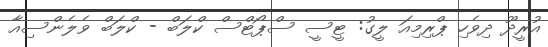
އުރީދޫ ދިވެހި ޕްރިމިއަ ލީގު: ޓީސީ ސްޕޯޓްސް ކްލަބް - ކްލަބް ވެލެންސިއާ